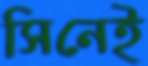
সিনেই